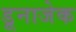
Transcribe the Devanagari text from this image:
डूनाजेक